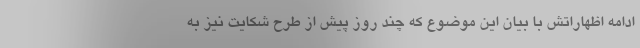
ادامه اظهاراتش با بیان این موضوع که چند روز پیش از طرح شکایت نیز به